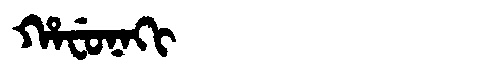
Manchu: ᡥᠠᠸᡠᠨᠠᡴᡳ
Romanization: HAFUNAKI